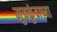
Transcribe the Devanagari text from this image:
मुचकुंदाच्या